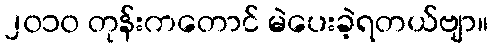
၂၀၁၀ တုန်းကတောင် မဲပေးခဲ့ရတယ်ဗျာ။